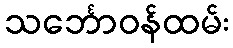
သင်္ဘောဝန်ထမ်း